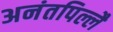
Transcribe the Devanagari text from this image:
अनंतपिल्लै